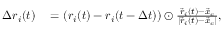
\begin{array} { r l } { \Delta \boldsymbol { r } _ { i } ( t ) } & { { } = \left( \boldsymbol { r } _ { i } ( t ) - \boldsymbol { r } _ { i } ( t - \Delta t ) \right) \odot \frac { \vec { r } _ { i } ( t ) - \vec { x } _ { c } } { | \vec { r } _ { i } ( t ) - \vec { x } _ { c } | } , } \end{array}